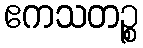
ဧကသတဉ္စ